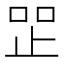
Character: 𰙧